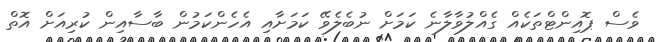
ވެސް ޕޮއިންޓްތަކެއް ގެއްލުވާލާނެ ކަމަށް ނުބެލެވޭ ކަމަށާއި އެހެންކަމުން ބާސާއިން ކުރިއަށް އޮތް